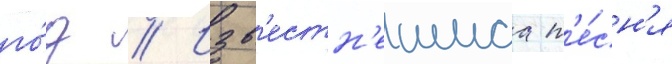
го́д // Изв'естн'еишаа п'е́сн'я